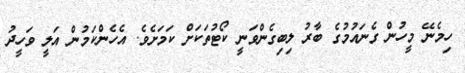
ހިމެނޭ މީހުން ގެނައުމުގެ ބާރު ލިބިގެންވަނީ ކޯޓުތަކަށް ކަމަށެވެ. އެހެންކަމުން އަލީ ވަހީދު